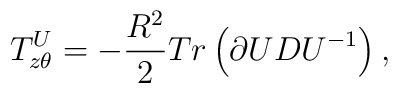
T_{z\theta }^{U}=-\frac{R^{2}}{2}Tr\left( \partial UDU^{-1}\right) ,